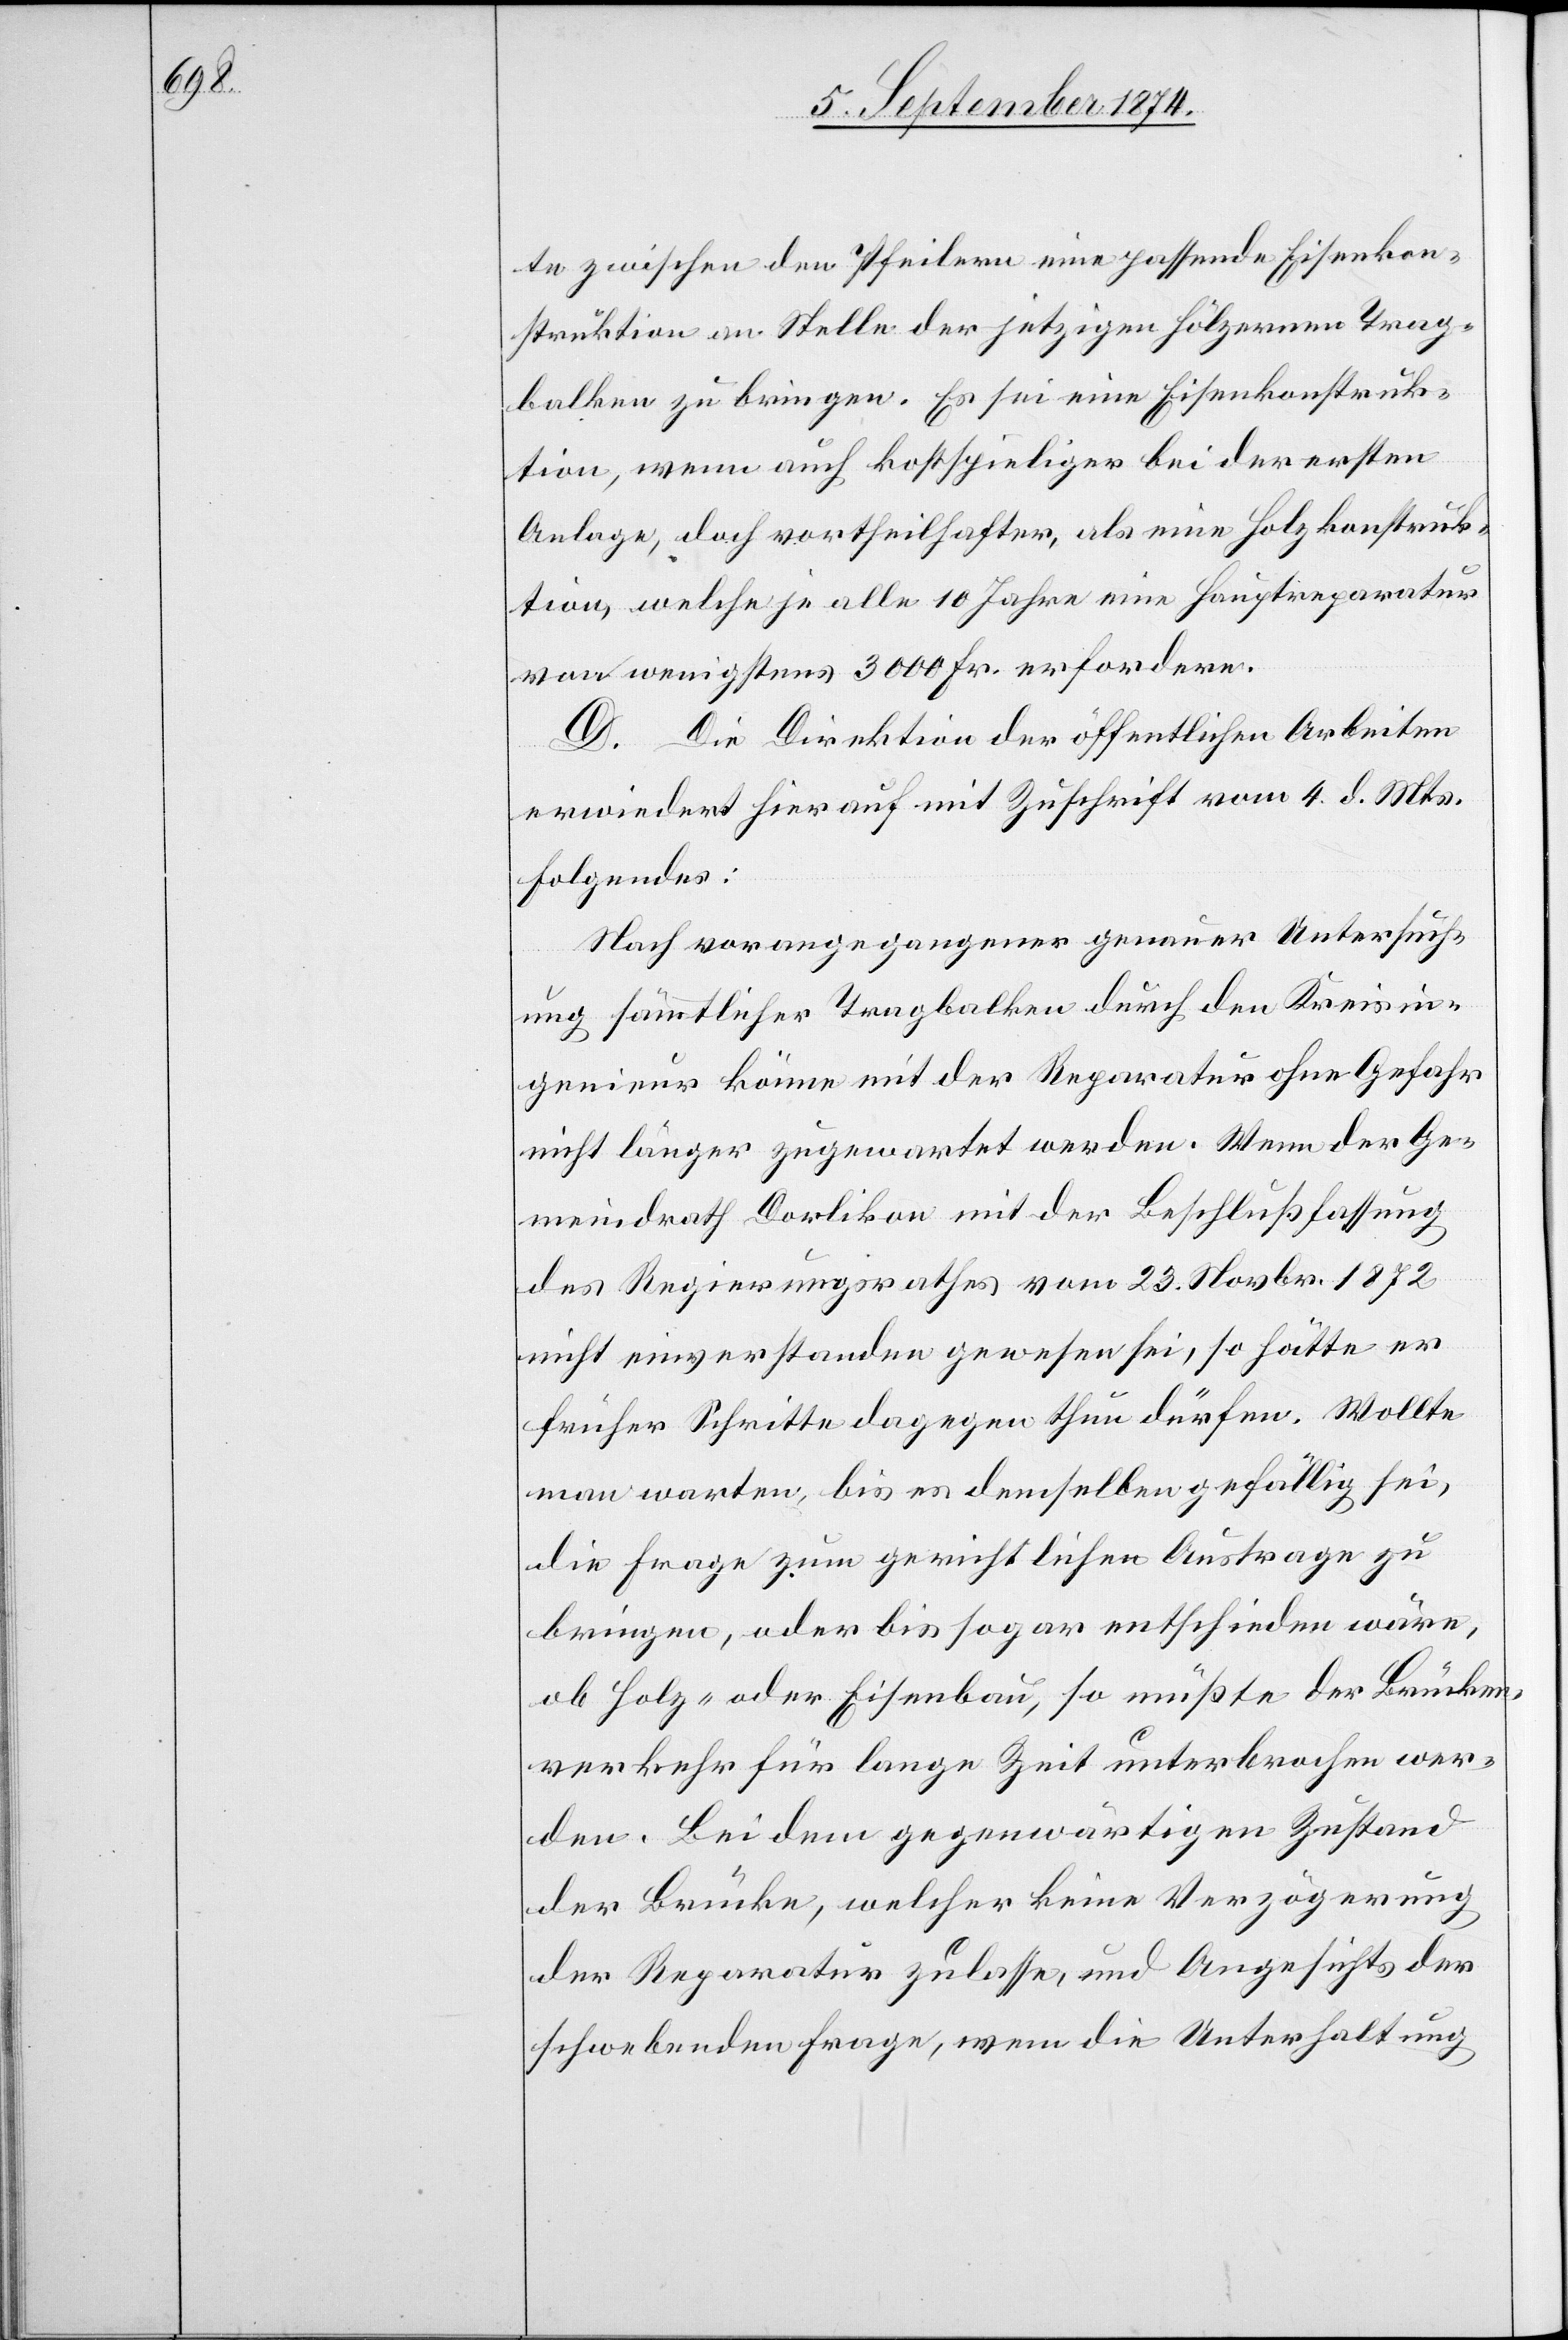
te zwischen den Pfeilern eine passende Eisenkon¬
struktion an Stelle der jetzigen hölzernen Trag¬
balken zu bringen. Es sei eine Eisenkonstruk¬
tion, wenn auch kostspieliger bei der ersten
Anlage, doch vortheilhafter, als eine Holzkonstruk¬
tion, welche je alle 10 Jahre eine Hauptreparatur
von wenigstens 3000 Fr. erfordere.
D. Die Direktion der öffentlichen Arbeiten
erwiedert hierauf mit Zuschrift vom 4. d. Mts.
Folgendes:
Nach vorangegangener genauer Untersuch¬
ung sämmtlicher Tragbalken durch den Kreisin¬
genieur könne mit der Reparatur ohne Gefahr
nicht länger zugewartet werden. Wenn der Ge¬
meindrath Dorlikon mit der Beschlußfassung
des Regierungsrathes vom 23. November 1872
nicht einverstanden gewesen sei, so hätte er
früher Schritte dagegen thun dürfen. Wollte
man warten bis es demselben gefällig sei,
die Frage zum gerichtlichen Austrage zu
bringen, oder bis sogar entschieden wäre,
ob Holz- oder Eisenbau, so müßte der Brücken¬
verkehr für lange Zeit unterbrochen wer¬
den. Bei dem gegenwärtigen Zustand
der Brücke, welcher keine Verzögerung
der Reparatur zulasse, und Angesichts der
schwebenden Frage, wem die Unterhaltung